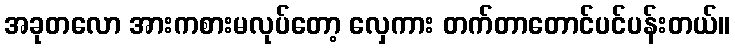
အခုတလော အားကစားမလုပ်တော့ လှေကား တက်တာတောင်ပင်ပန်းတယ်။